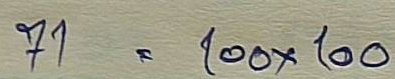
71  = 100 x 100